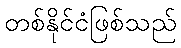
တစ်နိုင်ငံဖြစ်သည်